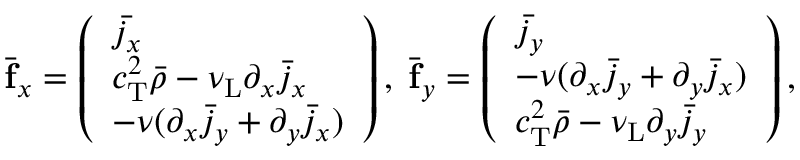
\begin{array} { r } { \bar { \mathbf { f } } _ { x } = \left( \begin{array} { l } { \bar { j _ { x } } } \\ { c _ { \mathrm { T } } ^ { 2 } \bar { \rho } - \nu _ { \mathrm { L } } \partial _ { x } \bar { j } _ { x } } \\ { - \nu ( \partial _ { x } \bar { j } _ { y } + \partial _ { y } \bar { j } _ { x } ) } \end{array} \right) , \; \bar { \mathbf { f } } _ { y } = \left( \begin{array} { l } { \bar { j _ { y } } } \\ { - \nu ( \partial _ { x } \bar { j } _ { y } + \partial _ { y } \bar { j } _ { x } ) } \\ { c _ { \mathrm { T } } ^ { 2 } \bar { \rho } - \nu _ { \mathrm { L } } \partial _ { y } \bar { j } _ { y } } \end{array} \right) , } \end{array}